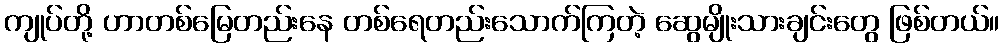
ကျုပ်တို့ ဟာတစ်မြေတည်းနေ တစ်ရေတည်းသောက်ကြတဲ့ ဆွေမျိုးသားချင်းတွေ ဖြစ်တယ်။